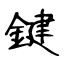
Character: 鍵